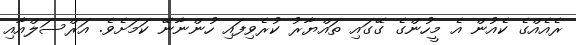
ރެއެއްގެ ކެއުން އެ މީހުންގެ ގޭގައި ތައްޔާރު ކުރެވިފައި ހުންނާނޭ ކަމަށެވެ. އަރްސަލްއާއި